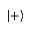
| + \rangle